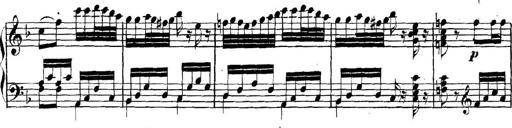
Title: Collected Piano Sonatas
Composer: Muzio Clementi